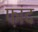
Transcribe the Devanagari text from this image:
फ़ांद